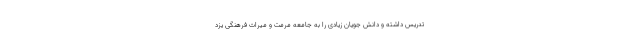
تدریس داشته و دانش جویان زیادی را به جامعه مرمت و میراث فرهنگی یزد